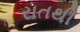
રાતથી